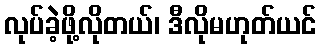
လုပ်ခဲ့ဖို့လိုတယ်၊ ဒီလိုမဟုတ်ယင်